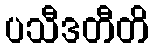
ပသီဒတီတိ